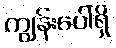
ကျွန်းပေါ်ရှိ